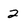
Character: 2